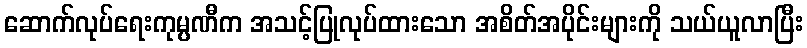
ဆောက်လုပ်ရေးကုမ္ပဏီက အသင့်ပြုလုပ်ထားသော အစိတ်အပိုင်းများကို သယ်ယူလာပြီး